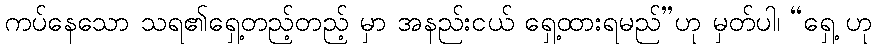
ကပ်နေသော သရ၏ရှေ့တည့်တည့် မှာ အနည်းငယ် ရှေ့ထားရမည်”ဟု မှတ်ပါ၊ “ရှေ့ ဟု